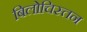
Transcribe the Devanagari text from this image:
बिलोचिस्तन